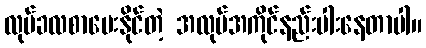
လုပ်ခလစာပေးနိုင်တဲ့ အလုပ်အကိုင်နည်းပါးနေတာပါ။